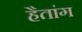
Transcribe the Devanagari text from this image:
हैतांग